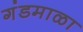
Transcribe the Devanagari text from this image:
गंडमाळा